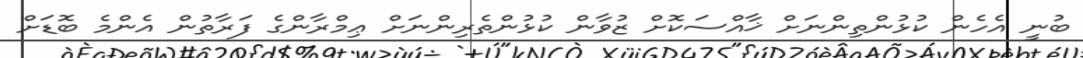
ބުނީ އެހެން ކުޅުންތިންނަށް ޚާއްސަކޮށް ޒުވާން ކުޅުންތެރިންނަށް ޢިމްރާންގެ ފަރާތުން އެންމެ ބޮޑަށް